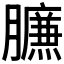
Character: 𰯧